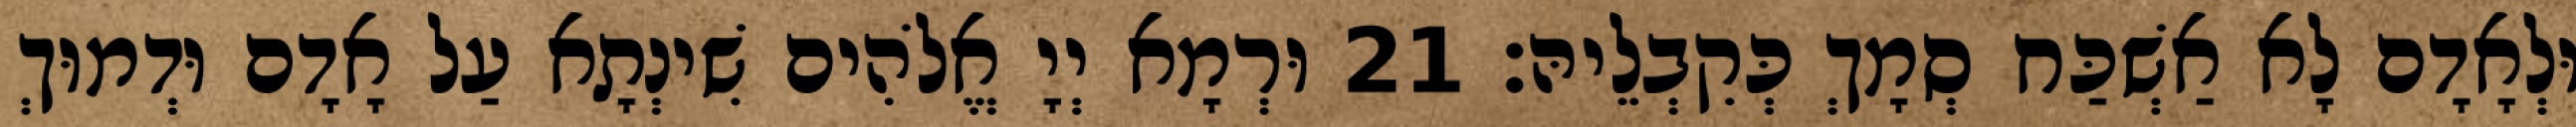
וּלְאָדָם לָא אַשְׁכַּח סְמָךְ כְּקִבְלֵיהּ׃ 21 וּרְמָא יְיָ אֱלֹהִים שִׁינְתָא עַל אָדָם וּדְמוּךְ